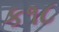
ક૧૮